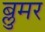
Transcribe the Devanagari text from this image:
ब्लुमर